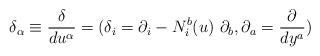
LaTeX: \begin{align*}{\delta }_{\alpha }\equiv \frac{\delta }{du^{\alpha }}=(\delta _{i}=\partial_{i}-N_{i}^{b}(u)\ \partial _{b},\partial _{a}=\frac{\partial }{dy^{a}})\end{align*}